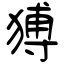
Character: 猼